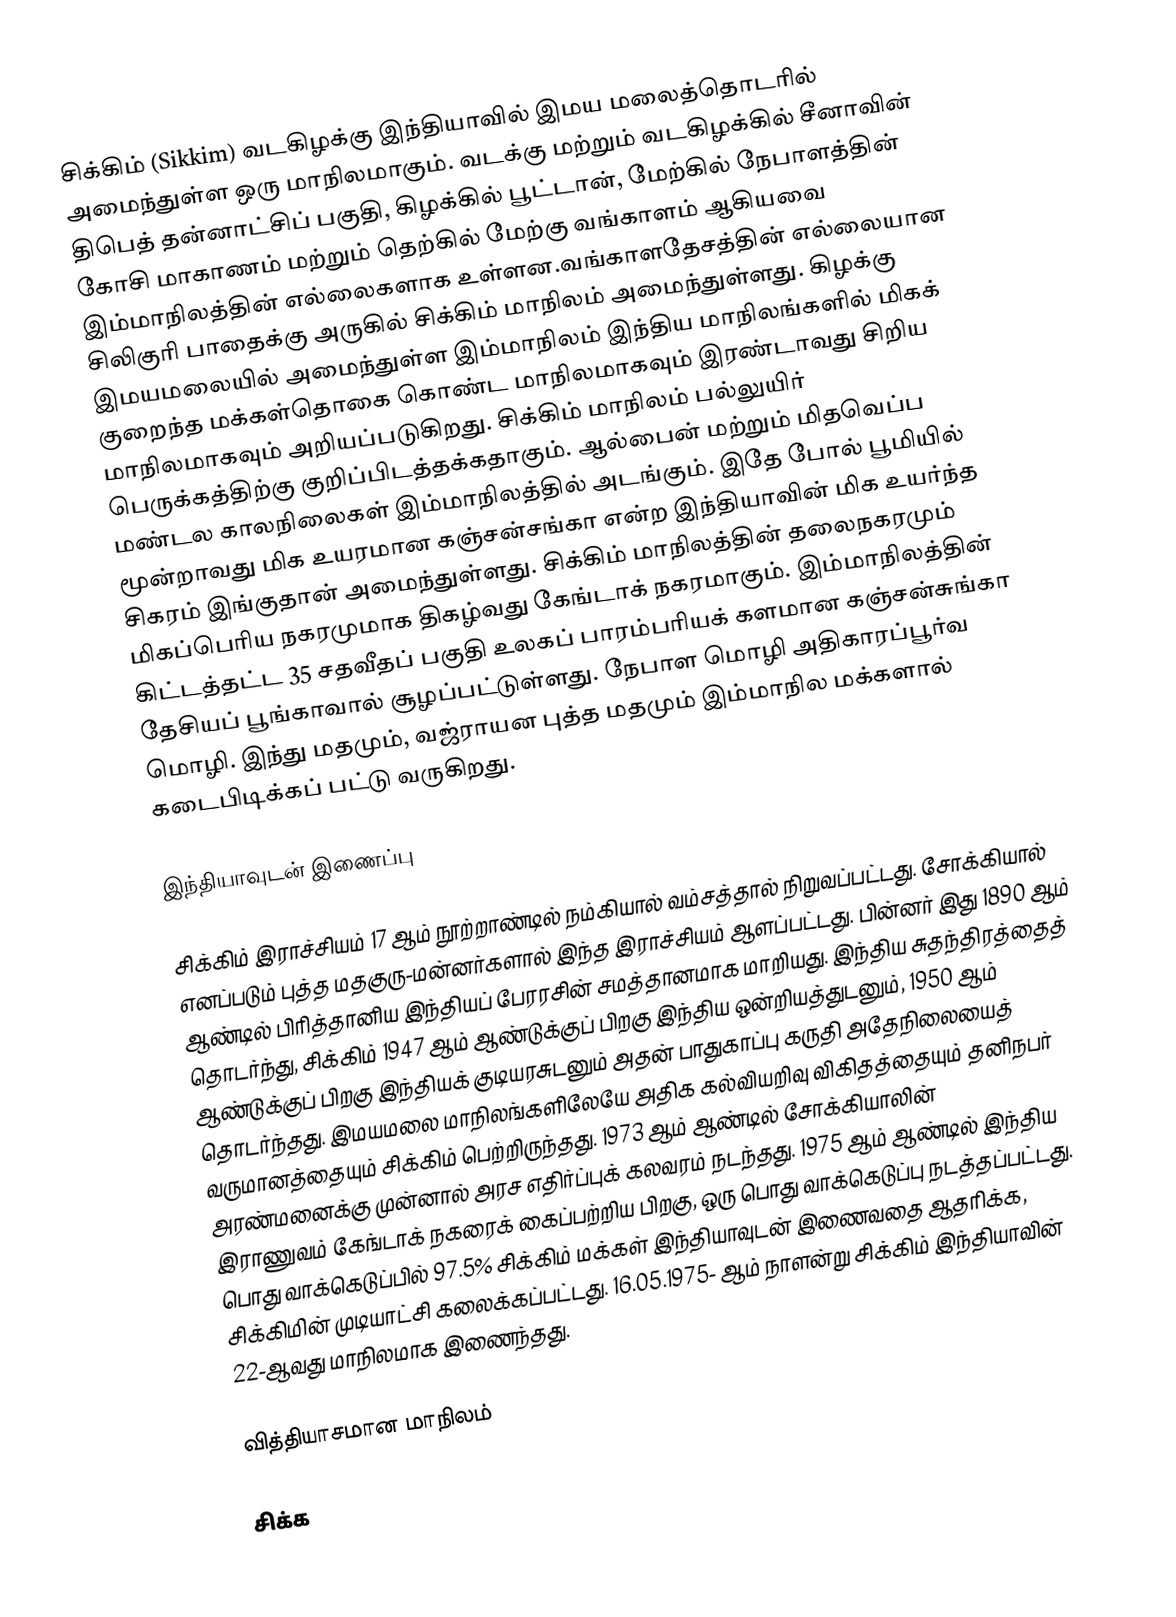
சிக்கிம் (Sikkim) வடகிழக்கு இந்தியாவில் இமய மலைத்தொடரில் அமைந்துள்ள ஒரு மாநிலமாகும். வடக்கு மற்றும் வடகிழக்கில் சீனாவின் திபெத் தன்னாட்சிப் பகுதி, கிழக்கில் பூட்டான், மேற்கில் நேபாளத்தின் கோசி மாகாணம் மற்றும் தெற்கில் மேற்கு வங்காளம் ஆகியவை இம்மாநிலத்தின் எல்லைகளாக உள்ளன.வங்காளதேசத்தின் எல்லையான சிலிகுரி பாதைக்கு அருகில் சிக்கிம் மாநிலம் அமைந்துள்ளது. கிழக்கு இமயமலையில் அமைந்துள்ள இம்மாநிலம் இந்திய மாநிலங்களில் மிகக் குறைந்த மக்கள்தொகை கொண்ட மாநிலமாகவும் இரண்டாவது சிறிய மாநிலமாகவும் அறியப்படுகிறது. சிக்கிம் மாநிலம் பல்லுயிர் பெருக்கத்திற்கு குறிப்பிடத்தக்கதாகும்.  ஆல்பைன் மற்றும் மிதவெப்ப மண்டல காலநிலைகள் இம்மாநிலத்தில் அடங்கும். இதே போல் பூமியில் மூன்றாவது மிக உயரமான  கஞ்சன்சங்கா என்ற இந்தியாவின் மிக உயர்ந்த சிகரம் இங்குதான் அமைந்துள்ளது. சிக்கிம் மாநிலத்தின் தலைநகரமும் மிகப்பெரிய நகரமுமாக திகழ்வது கேங்டாக் நகரமாகும். இம்மாநிலத்தின் கிட்டத்தட்ட 35 சதவீதப் பகுதி உலகப் பாரம்பரியக் களமான கஞ்சன்சுங்கா தேசியப் பூங்காவால் சூழப்பட்டுள்ளது. நேபாள மொழி அதிகாரப்பூர்வ மொழி. இந்து மதமும், வஜ்ராயன புத்த மதமும் இம்மாநில மக்களால் கடைபிடிக்கப் பட்டு வருகிறது.

இந்தியாவுடன் இணைப்பு

சிக்கிம் இராச்சியம் 17 ஆம் நூற்றாண்டில் நம்கியால் வம்சத்தால் நிறுவப்பட்டது. சோக்கியால் எனப்படும் புத்த மதகுரு-மன்னர்களால் இந்த இராச்சியம் ஆளப்பட்டது. பின்னர் இது 1890 ஆம் ஆண்டில் பிரித்தானிய இந்தியப் பேரரசின் சமத்தானமாக மாறியது. இந்திய சுதந்திரத்தைத் தொடர்ந்து, சிக்கிம் 1947 ஆம் ஆண்டுக்குப் பிறகு இந்திய ஒன்றியத்துடனும், 1950 ஆம் ஆண்டுக்குப்  பிறகு இந்தியக் குடியரசுடனும் அதன் பாதுகாப்பு கருதி அதேநிலையைத் தொடர்ந்தது. இமயமலை மாநிலங்களிலேயே அதிக கல்வியறிவு விகிதத்தையும் தனிநபர் வருமானத்தையும் சிக்கிம் பெற்றிருந்தது. 1973 ஆம் ஆண்டில் சோக்கியாலின் அரண்மனைக்கு முன்னால் அரச எதிர்ப்புக் கலவரம் நடந்தது. 1975 ஆம் ஆண்டில் இந்திய இராணுவம் கேங்டாக் நகரைக் கைப்பற்றிய பிறகு, ஒரு பொது வாக்கெடுப்பு நடத்தப்பட்டது. பொது வாக்கெடுப்பில் 97.5% சிக்கிம் மக்கள் இந்தியாவுடன் இணைவதை ஆதரிக்க, சிக்கிமின் முடியாட்சி கலைக்கப்பட்டது. 16.05.1975- ஆம் நாளன்று சிக்கிம் இந்தியாவின் 22-ஆவது மாநிலமாக இணைந்தது.

வித்தியாசமான மாநிலம்

சிக்க